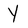
Character: Y